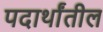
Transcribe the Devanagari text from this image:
पदार्थांतील